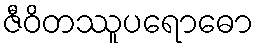
ဇီဝိတဿူပရောဓော